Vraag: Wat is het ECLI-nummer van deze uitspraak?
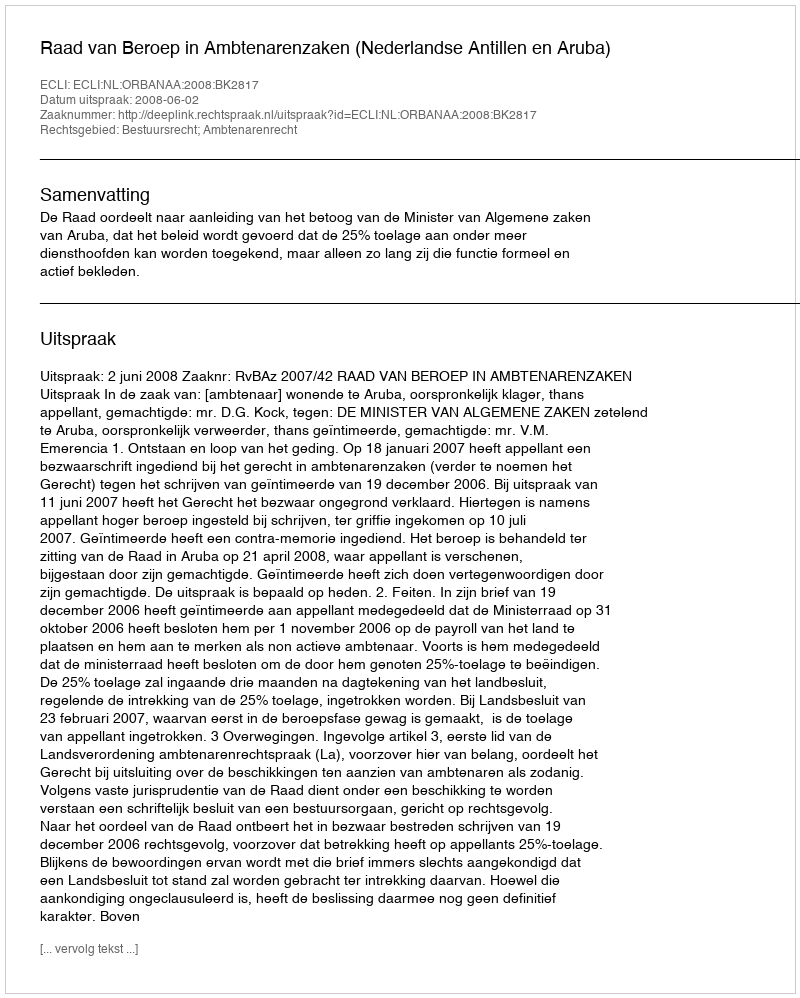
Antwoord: ECLI:NL:ORBANAA:2008:BK2817